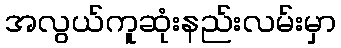
အလွယ်ကူဆုံးနည်းလမ်းမှာ